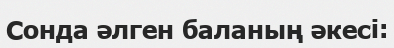
Сонда әлген баланың әкесі: